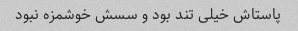
پاستاش خیلی تند بود و سسش خوشمزه نبود